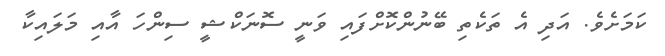
ކަމަށެވެ. އަދި އެ ތަކެތި ބޭނުންކޮށްފައި ވަނީ ސޮނަކްޝީ ސިންހަ އާއި މަލައިކާ